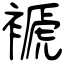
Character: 褫